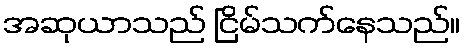
အဆုယာသည် ငြိမ်သက်နေသည်။